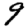
Digit: 9